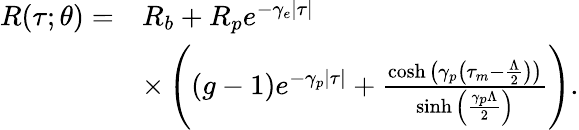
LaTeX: \begin{array}{rl}{R(\tau;\theta)=}&{R_{b}+R_{p}e^{-\gamma_{e}|\tau|}}\\ &{\times\left(\left(g-1\right)e^{-\gamma_{p}|\tau|}+\frac{\cosh{\left(\gamma_{p}\left(\tau_{m}-\frac{\Lambda}{2}\right)\right)}}{\sinh{\left(\frac{\gamma_{p}\Lambda}{2}\right)}}\right).}\end{array}